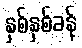
နှစ်နှစ်ခန့်